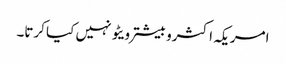
امریکہ اکثروبیشتر ویٹو نہیں کیا کرتا۔